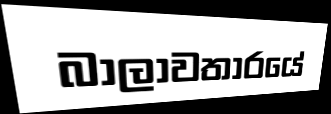
බාලාවතාරයේ